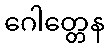
ဂေါတ္တေန